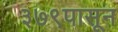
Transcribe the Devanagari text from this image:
३७९पासून